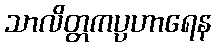
သာလိတ္တကပ္ပဟာရေန